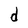
Character: d